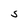
Character: S